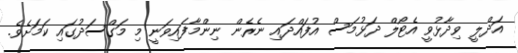
އަދްލީ ވިދާޅުވީ އެޓޯލް ދަޅުމަސް އުފައްދައި ނެރެން ނިންމާފައިވަނީ މި މަގްސަދުގައި ކަމަށެވެ.